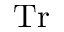
\mathrm { T r }